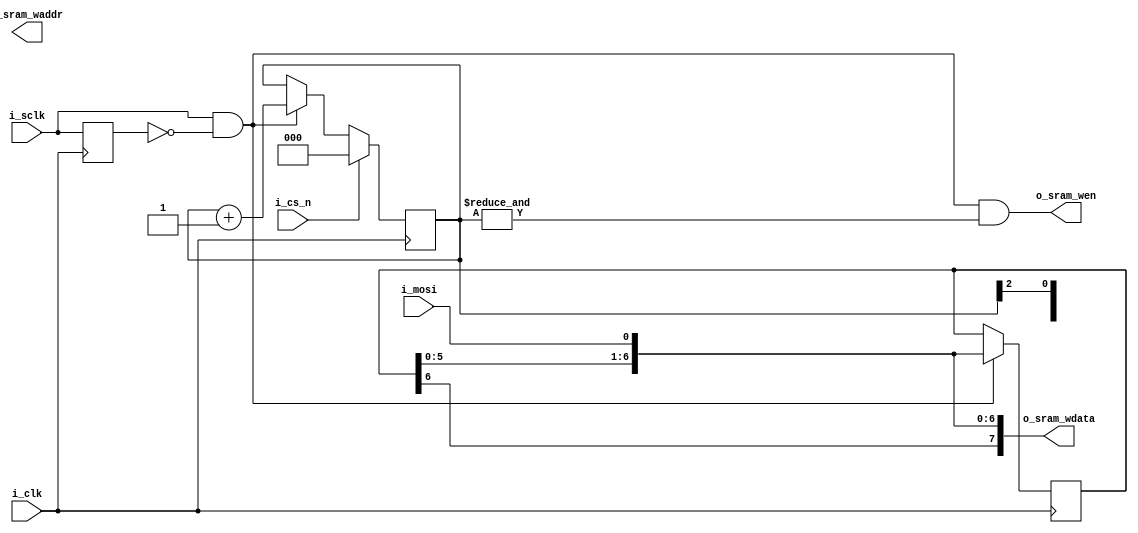
module spi_ram_loader
  #(parameter AW = 0)
   (
    input wire		 i_clk,
    input wire		 i_sclk,
    input wire		 i_cs_n,
    input wire		 i_mosi,
    output wire [AW-1:0] o_sram_waddr,
    output wire [7:0]	 o_sram_wdata,
    output wire		 o_sram_wen);

   reg			sclk_r;

   reg [AW+2:0]		bit_cnt;
   reg [6:0]		data;

   wire bit_en = i_sclk & !sclk_r;

   assign o_sram_waddr = bit_cnt[AW+2:3];
   assign o_sram_wdata = {data[6:0], i_mosi};
   assign o_sram_wen = bit_en & (&bit_cnt[2:0]);

   always @(posedge i_clk) begin
      sclk_r <= i_sclk;

      if (bit_en)
	data <= {data[5:0],i_mosi};

      if (bit_en)
	bit_cnt <= bit_cnt + 'd1;

      if (i_cs_n) begin
	 bit_cnt <= 'd0;
      end
   end

endmodule